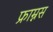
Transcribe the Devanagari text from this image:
फ्राम्नस